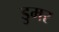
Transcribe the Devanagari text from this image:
डुमर